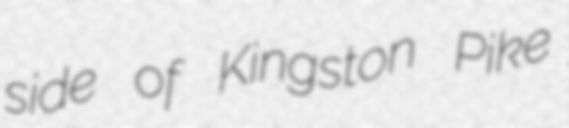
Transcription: side of Kingston Pike